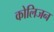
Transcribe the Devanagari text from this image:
कोलिजन